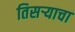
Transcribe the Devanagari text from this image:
तिसऱ्याचा